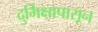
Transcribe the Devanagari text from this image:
दुर्भिक्षापासून